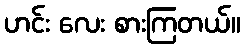
ဟင်း လေး စားကြတယ်။